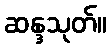
ဆန္ဒသုတ်။